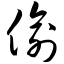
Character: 偷